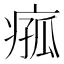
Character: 𪽵